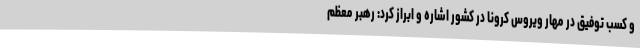
و کسب توفیق در مهار ویروس کرونا در کشور اشاره و ابراز کرد: رهبر معظم